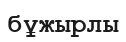
бұжырлы